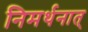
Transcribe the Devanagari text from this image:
निमर्थनात्